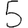
Digit: 5